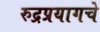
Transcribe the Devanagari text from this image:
रुद्रप्रयागचे